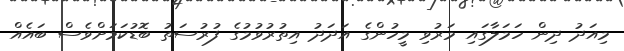
މިއަދު ދިން ހަމަލާގައި މަރުވި މީހުންގެ އަދަދު އިތުރުވުމުގެ ފުރުސަތު ބޮޑުކަމަށްވެސް ބައެއް